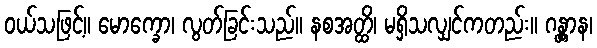
ဝယ်သဖြင့်။ မောက္ခော၊ လွတ်ခြင်းသည်။ နစအတ္ထိ၊ မရှိသလျှင်ကတည်း။ ဂန္တွာန၊